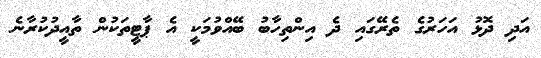
އަދި ދޮޅު އަހަރުގެ ތެރޭގައި ދެ އިންތިހާބު ބޭއްވުމަކީ އެ ޕާޓީތަކުން ތާއީދުކުރާނެ